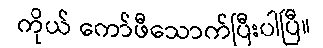
ကိုယ် ကော်ဖီသောက်ပြီးပါပြီ။